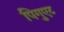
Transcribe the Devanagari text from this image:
पिगुएट